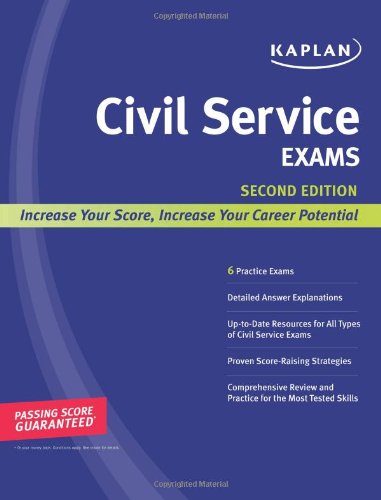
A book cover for Kaplan Civil Service Exams (Kaplan Test Prep); Kaplan; Test Preparation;